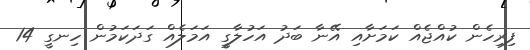
ފިރިހެން ކުއްޖެއް ކަމަށާއި އޭނާ ބަދު އަހުލާގީ އަމަލެއް ގަދަކަމުން ހިނގީ 14